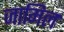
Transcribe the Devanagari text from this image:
जामिल